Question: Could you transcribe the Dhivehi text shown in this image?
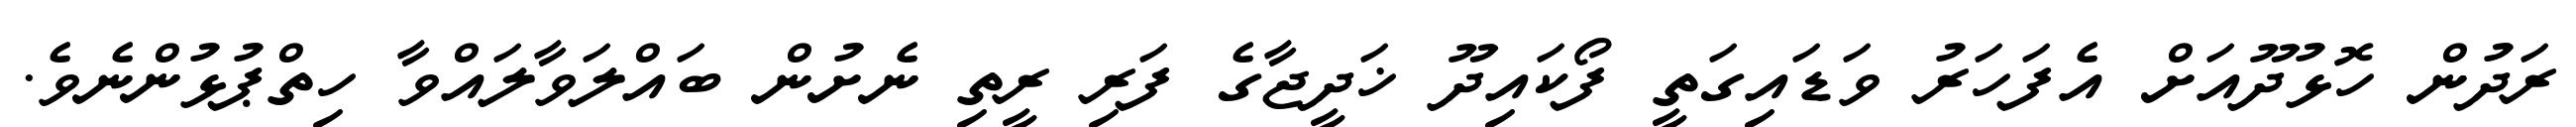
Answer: ރަދުން ހޮޅުދޫއަށް އެފަހަރު ވަޑައިގަތީ ފޯކައިދޫ ޚަދީޖާގެ ފަރި ރީތި ނެށުން ބައްލަވާލައްވާ ހިތްޕުޅުންނެވެ.